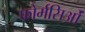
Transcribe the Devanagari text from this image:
फोर्मसिओं